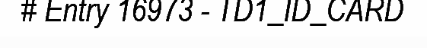
# Entry 16973 - TD1_ID_CARD